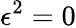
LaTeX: \epsilon^{2}=0